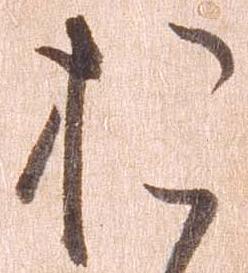
お